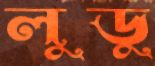
লুডু